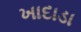
ખાદાડા